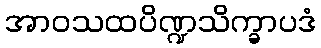
အာဝသထပိဏ္ဍသိက္ခာပဒံ